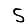
Digit: 5